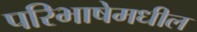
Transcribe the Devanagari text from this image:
परिभाषेमधील